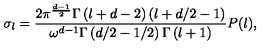
\sigma _ { l } = \frac { 2 \pi ^ { \frac { d - 1 } { 2 } } \Gamma \left( l + d - 2 \right) \left( l + d / 2 - 1 \right) } { \omega ^ { d - 1 } \Gamma \left( d / 2 - 1 / 2 \right) \Gamma \left( l + 1 \right) } P ( l ) ,